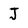
Character: J